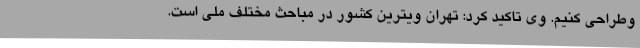
وطراحی کنیم. وی تاکید کرد: تهران ویترین کشور در مباحث مختلف ملی است.